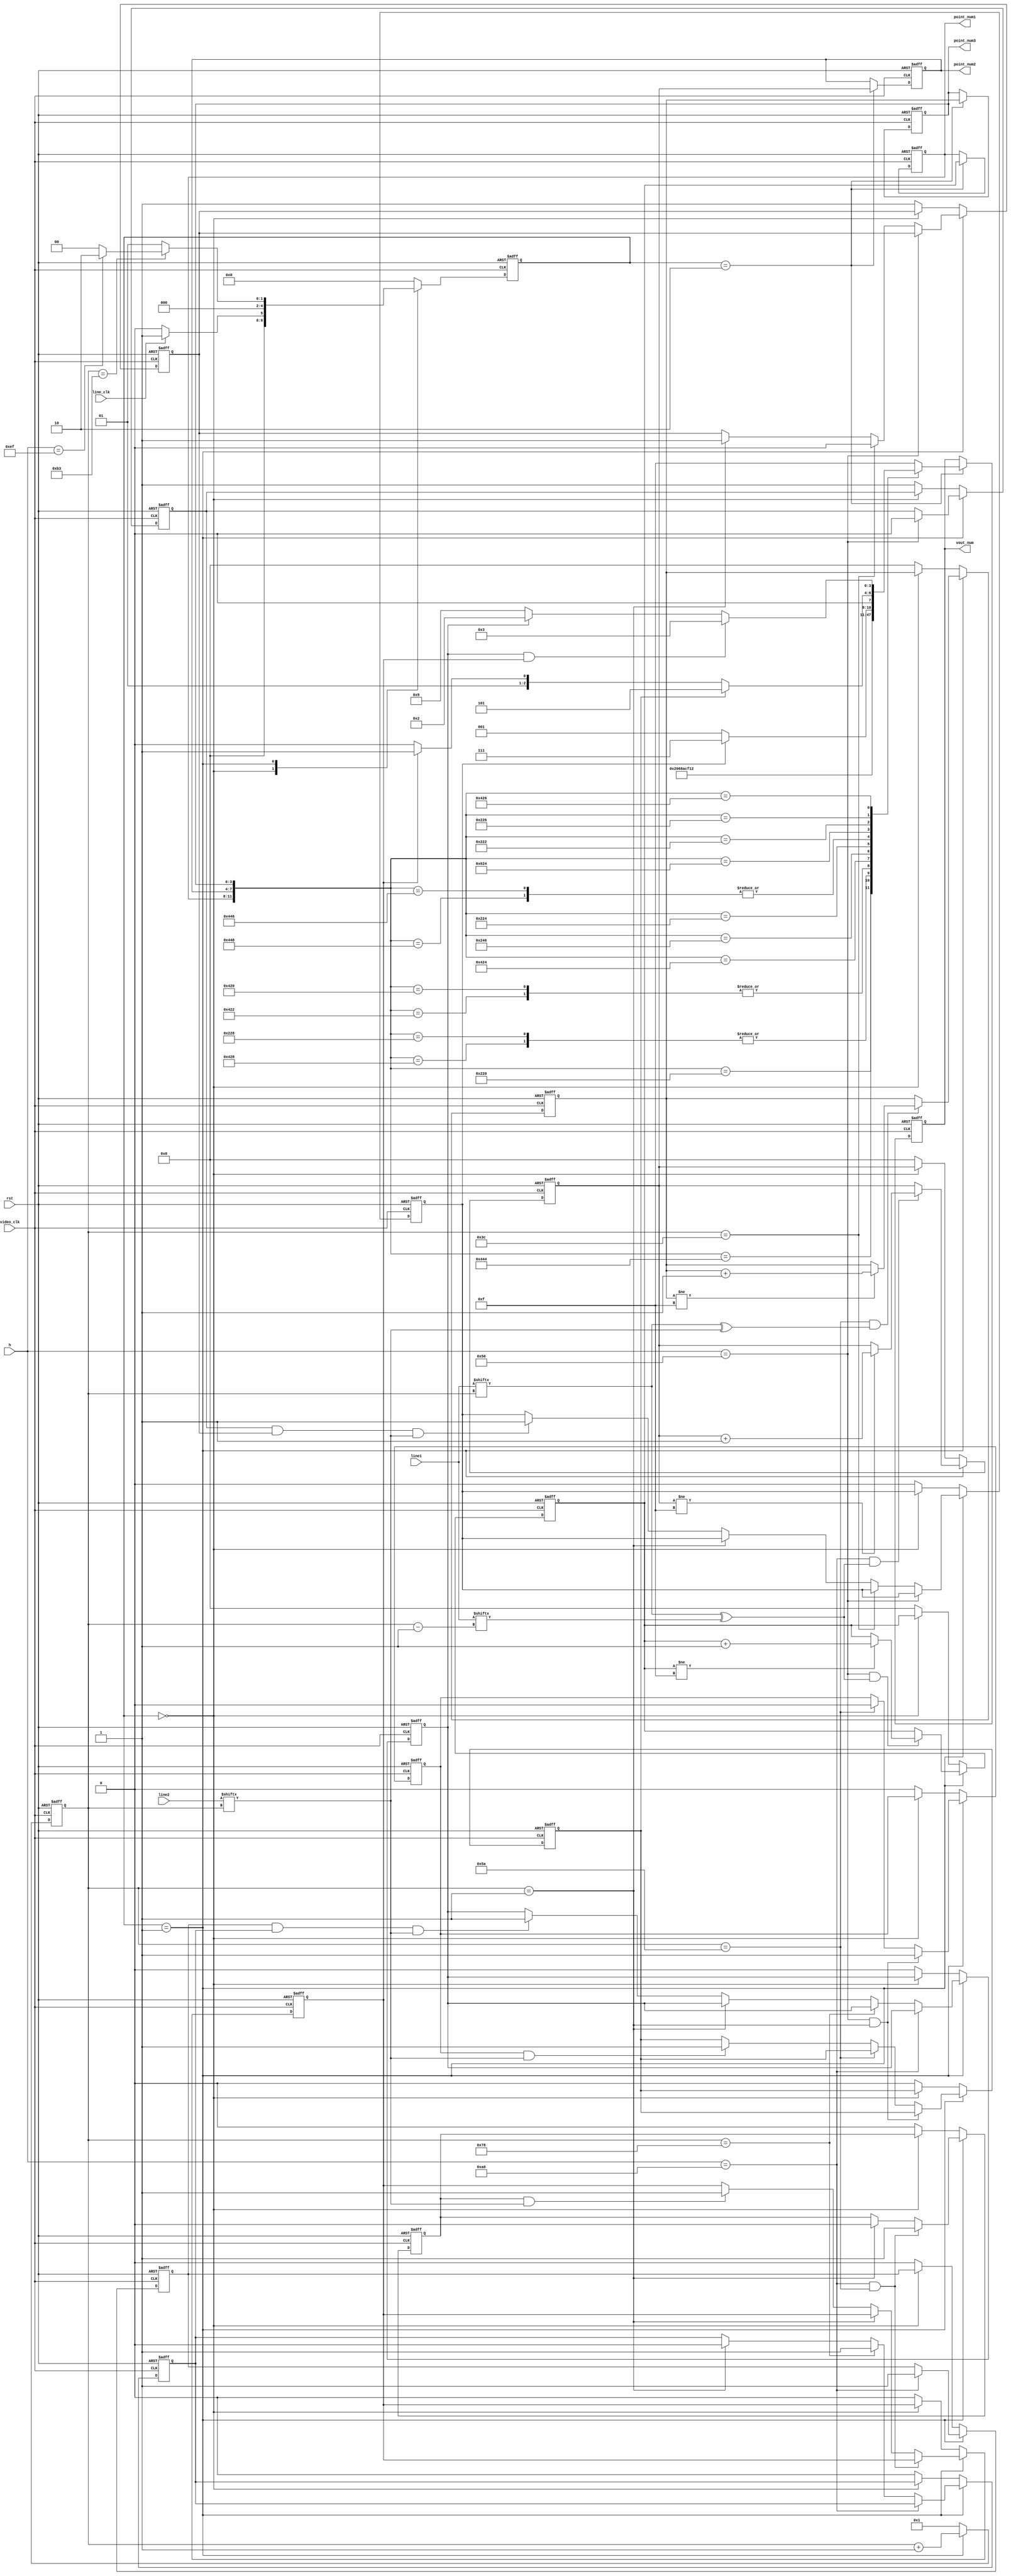
module video_process
#(
	parameter DATA_WIDTH = 8,                      // Video data one clock data width
	parameter we = 180,								// vertical end
	parameter he = 240,								// horizontal end

   parameter h1 = 80,                              // horizontal standards
   parameter h2 = 160,
	parameter w1 = 90                               // vertical standard
	 
)
(
	input                       line_clk,        	// Points clk
	input								 video_clk, 			// Video clock
	input                       rst,
	input[we - 1:0]       		 line1,	            // 0-black  1-white
	input[we - 1:0]      		 line2,

	input[DATA_WIDTH - 1:0]		 h,						// row
	output reg[3:0]              vout_num,            // the number in video
	output reg[3:0]					 point_num1,
	output reg[3:0]					 point_num2,
	output reg[3:0]					 point_num3
);

reg					  		frame_flag;		 // A frame of data is ready

//------------------------------------
//------------------------------------

reg[3:0]                point_num1_d0;
reg[3:0]                point_num2_d0;
reg[3:0]                point_num3_d0;
reg[7:0]	    	   		tick;

reg[4:0]						state;
reg[4:0]						next_state;

//reg[3:0]						vout_num_r;

reg                    	flag1;       // left above
reg		               flag2;       // right below
reg 				   		flag3 = 0;		// right center 
reg					 	   position1 = 0;	// right h2
reg		               position2 = 0;   // left h1 

wire[11:0]					point_num;
//assign				vout_num = vout_num_r;
assign				point_num = {point_num1,point_num2,point_num3};

parameter	idle = 5'd0;
parameter	ready = 5'd1;
parameter   check = 5'd2;

always@(posedge video_clk or posedge rst)
begin
	if(rst == 1'b1)
	begin
		state<=idle;
	end
	else
		state<=next_state;
end

always@(*) //
begin
 	case(state)
		idle	:	begin												
						if(line_clk == 1'b1)
							next_state <= ready;
						else
							next_state <= idle;
					end
		ready	: 	begin						
						if(tick == we-1)
						begin
							if(h == he-1)
								next_state <= check;					
							else 	
								next_state <= idle;					
						end
						else
							next_state <= ready;						
					end
		check	:	begin
						next_state <= idle;	
					end					
	default	:	next_state <= idle;
	endcase;
end

//tick
always@(posedge video_clk or posedge rst)
begin
	if(rst == 1'b1)
		tick <= 8'b1;
	else if(state == ready)
		tick <= tick + 8'b1;
	else tick <= 8'b1;
end

//point_number1d0
always@(posedge video_clk or posedge rst)
begin
	if(rst == 1'b1)
		point_num1_d0 <= 4'b0;		
	else if(state == ready)
	begin
		if (h == h1 && (line1[tick]^line1[tick-1]) == 1 )
		begin
			if(point_num1_d0 != 4'hf)
				point_num1_d0 <= point_num1_d0+4'b1;
		end
		else 
			point_num1_d0 <= point_num1_d0;
	end
	else if(state == idle)
		point_num1_d0 <= point_num1_d0;
	else 
		point_num1_d0 <= 4'd0;
end

//point_number2d0
always@(posedge video_clk or posedge rst)
begin
	if(rst == 1'b1)
		point_num2_d0 <= 4'b0;		
	else if(state == ready)
	begin
		if (h == h2 && (line1[tick]^line1[tick-1]) == 1 )
		begin
			if(point_num2_d0 != 4'hf)
				point_num2_d0 <= point_num2_d0+4'b1;
		end
		else 
			point_num2_d0 <= point_num2_d0;
	end
	else if(state == idle)
		point_num2_d0 <= point_num2_d0;
	else 
		point_num2_d0 <= 4'd0;
end

//point_number3d0
always@(posedge video_clk or posedge rst)
begin
	if(rst == 1'b1)
		point_num3_d0 <= 4'b0;		
	else if(state == ready)
	begin
		if (tick == w1 && (line1[tick]^line2[tick]) == 1 )
		begin
			if(point_num3_d0 != 4'hf)
				point_num3_d0 <= point_num3_d0+4'b1;
		end
		else 
			point_num3_d0 <= point_num3_d0;
	end
	else if(state == idle)
		point_num3_d0 <= point_num3_d0;
	else 
		point_num3_d0 <= 4'd0;
end

//point_number
always@(posedge video_clk or posedge rst)
begin
	if(rst == 1'b1)
	begin
		point_num1 <= 4'b0;
		point_num2 <= 4'b0;
		point_num3 <= 4'b0;		
	end
	else if(state == check)
	begin
		point_num1 <= point_num1_d0;
		point_num2 <= point_num2_d0;
		point_num3 <= point_num3_d0;
	end
	else
	begin
		point_num1 <= point_num1;
		point_num2 <= point_num2;
		point_num3 <= point_num3;
	end
end



always@(posedge video_clk or posedge rst)
begin
	if (rst == 1'b1)
		vout_num <= 4'hf;
	else if (state == check)
	begin		
		case(point_num)			
			12'b0010_0010_0000: 		vout_num <= 1;
			12'b0100_0100_0100: 		vout_num <= 0;
			12'b0010_0010_1000, 12'b0100_0010_1000: 
											vout_num <= 3;
			12'b0100_0010_0000, 12'b0100_0010_0010: 	
											vout_num <= 4;
			12'b0100_0010_0100: 		vout_num <= 5;
			12'b0010_0100_0110: 		vout_num <= 6;
			12'b0010_0010_0100: 		vout_num <= 7;
			12'b0100_0100_0110, 12'b0100_0100_1000: 	
											vout_num <= 8;
			12'b0110_0010_0100:		vout_num <= 9;
			12'b0010_0010_0010: 		
			begin
				if (flag1) 	vout_num <= 7;
				else		vout_num <= 1;
			end

			12'b0010_0010_0110:
			begin 
				if (position2) 
					vout_num <= 5;
				else if(position1)
					vout_num <= 3;
				else
					vout_num <= 2;
			end

			12'b0100_0010_0110:
			begin
				if (flag2 && position1)	
					vout_num <= 3;
				else if (flag2)
					vout_num <= 2;
				else
					vout_num <= 9;
			end

			12'b0100_0010_0100:
			begin
				if (flag3)	vout_num <= 4;
				else		vout_num <= 9;
			end
			default: vout_num <= 4'hf;
		endcase
	end
	else
		vout_num <= vout_num;
end


//flag1
reg			b_w60;
reg			b_h80;
always@(posedge video_clk or posedge rst)
begin
	if(rst == 1'b1)
	begin
		flag1 <= 1'b0;	
		b_h80 <= 1'b1;
		b_w60 <= 1'b1;
	end
	else if(state == ready)
	begin
		if (h == h1) 
			b_h80 <= 1'b0;
		else if (tick == 8'd60) 
			b_w60 <= 1'b0;
		else if (tick == 8'd1)
			b_w60 <= 1'b1;
		else if (b_h80 && b_w60 && line2[tick])
			flag1 <= 1'b1;
	end
	else if (state == idle)
	begin
		b_h80 <= b_h80;
		b_w60 <= b_w60;
		flag1 <= flag1;
	end
	else
	begin
		b_h80 <= 1'b1;
		b_w60 <= 1'b1;
		flag1 <= 1'b0;
	end
end

//flag2
reg			a_w120;
reg			a_h160;
always@(posedge video_clk or posedge rst)
begin
	if(rst == 1'b1)
	begin
		flag2 <= 1'b0;	
		a_h160 <= 1'b0;
		a_w120 <= 1'b0;
	end
	else if(state == ready)
	begin
		if (h == 8'd160) 
			a_h160 <= 1'b1;
		else if (tick == 8'd120) 
			a_w120 <= 1'b1;
		else if (tick == 8'd1)
			a_w120 <= 1'b0;
		else if (a_h160 && a_w120 && line2[tick])
			flag2 <= 1'b1;
	end
	else if (state == idle)
	begin
		a_h160 <= a_h160;
		a_w120 <= a_w120;
		flag2 <= flag2;
	end
	else
	begin
		a_h160 <= 1'b0;
		a_w120 <= 1'b0;
		flag2 <= 1'b0;
	end
end


//flag3
reg			c_w120;
reg			c_h1_h2;
always@(posedge video_clk or posedge rst)
begin
	if(rst == 1'b1)
	begin
		flag3 <= 1'b0;	
		c_h1_h2 <= 1'b0;
		c_w120 <= 1'b0;
	end
	else if(state == ready)
	begin
		if (h == h1) 
			c_h1_h2 <= 1'b1;
		else if (tick == 8'd60) 
			c_w120 <= 1'b1;
		else if (tick == 8'd1)
			c_w120 <= 1'b0;
		else if (h == h2)
			c_h1_h2 <= 1'b0;
		else if (c_h1_h2 && c_w120 && line2[tick])
			flag3 <= 1'b1;
	end
	else if (state == idle)
	begin
		c_h1_h2 <= c_h1_h2;
		c_w120 <= c_w120;
		flag3 <= flag3;
	end
	else
	begin
		c_h1_h2 <= 1'b0;
		c_w120 <= 1'b0;
		flag3 <= 1'b0;
	end
end

//position1
reg	right_h2;
always@(posedge video_clk or posedge rst)
begin
	if (rst)
	begin
		position1<= 1'b0;
		right_h2 <= 1'b0;
	end
	else if (state == ready)
	begin
		if (h == h2 && tick == 8'd90)
			right_h2 <= 1'b1;
		else if (tick == 1)
			right_h2 <= 1'b0;
		else if (right_h2 && line2[tick])
			position1 <= 1'b1;
	end
	else if (state == idle)
	begin
		position1<= position1;
		right_h2 <= right_h2;
	end
	else
	begin
		position1<= 1'b0;
		right_h2 <= 1'b0;
	end
end

//position2
reg	left_h1;
always@(posedge video_clk or posedge rst)
begin
	if (rst)
	begin
		position2<= 1'b0;
		left_h1 <= 1'b0;
	end
	else if (state == ready)
	begin
		if (h == h1 && tick == 8'd1)
			left_h1 <= 1'b1;
		else if (tick == 8'd90)
			left_h1 <= 1'b0;
		else if (left_h1 && line2[tick])
			position2 <= 1'b1;
	end
	else if (state == idle)
	begin
		position2<= position2;
		left_h1 <= left_h1;
	end
	else
	begin
		position2<= 1'b0;
		left_h1 <= 1'b0;
	end

end
endmodule